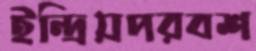
ইন্দ্রিয়পরবশ